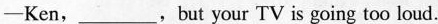
——Ken,___,but your TV is going too loud.